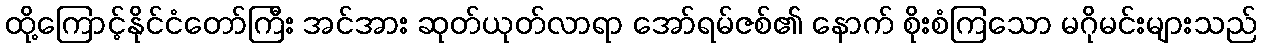
ထို့ကြောင့်နိုင်ငံတော်ကြီး အင်အား ဆုတ်ယုတ်လာရာ အော်ရမ်ဇစ်၏ နောက် စိုးစံကြသော မဂိုမင်းများသည်